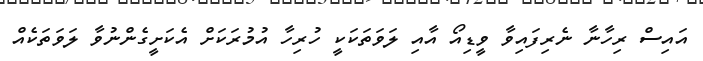
އައިސް ރިހާނާ ނެރިފައިވާ ވީޑިއޯ އާއި ލަވަތަކަކީ ހުރިހާ އުމުރަކަށް އެކަށީގެންނުވާ ލަވަަތަކެއް